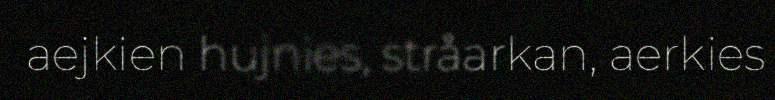
aejkien hujnies, stråarkan, aerkies